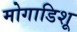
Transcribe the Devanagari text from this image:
मोगाडिशू